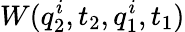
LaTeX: W(q_{2}^{i},t_{2},q_{1}^{i},t_{1})